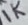
Text: 1K